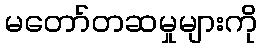
မတော်တဆမှုများကို